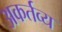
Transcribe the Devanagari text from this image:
अकर्तव्य